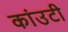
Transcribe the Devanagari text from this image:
कांउटी